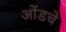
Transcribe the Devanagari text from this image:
ओंडचे